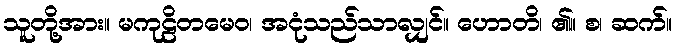
သူတို့အား။ မကုဠိတမေဝ၊ အငုံသည်သာလျှင်။ ဟောတိ၊ ၏။ စ၊ ဆက်။